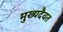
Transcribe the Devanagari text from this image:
मुख्यदैवत